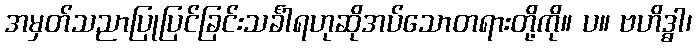
အမှတ်သညာပြုပြင်ခြင်းသင်္ခါရဟုဆိုအပ်သောတရားတို့ကို။ ပ။ ဗဟိဒ္ဓါ၊